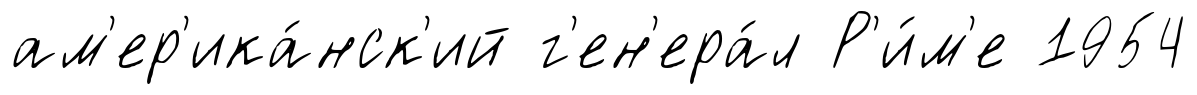
ам'ер'ика́нск'ий г'ен'ера́л Р'и́м'е 1954